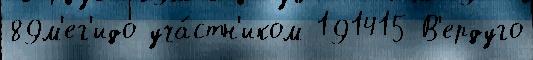
89м'ег'идо уча́стн'иком 191415 В'ердуго